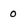
Character: 0